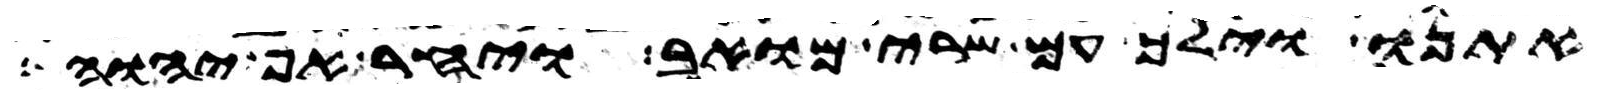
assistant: אתנו וילך עם שרי מואב ויחר אף יהוה